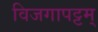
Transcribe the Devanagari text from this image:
विजगापट्टम्